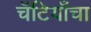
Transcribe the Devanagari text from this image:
चॅटियाँचा